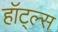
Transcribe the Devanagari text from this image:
हॉट्ल्स